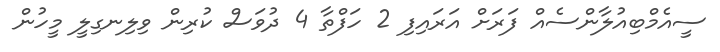
ސީއެމްބިއުލާންސެއް ފަރަށް އަރައިފި 2 ހަފްތާ 4 ދުވަސް ކުރިން ވިލިނގިލީ މީހުން